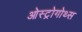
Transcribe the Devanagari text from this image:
ओस्ट्रोगोथ्स